Vaccination in the Punjab 1905-1918 - 1905-1918
Year: 1905
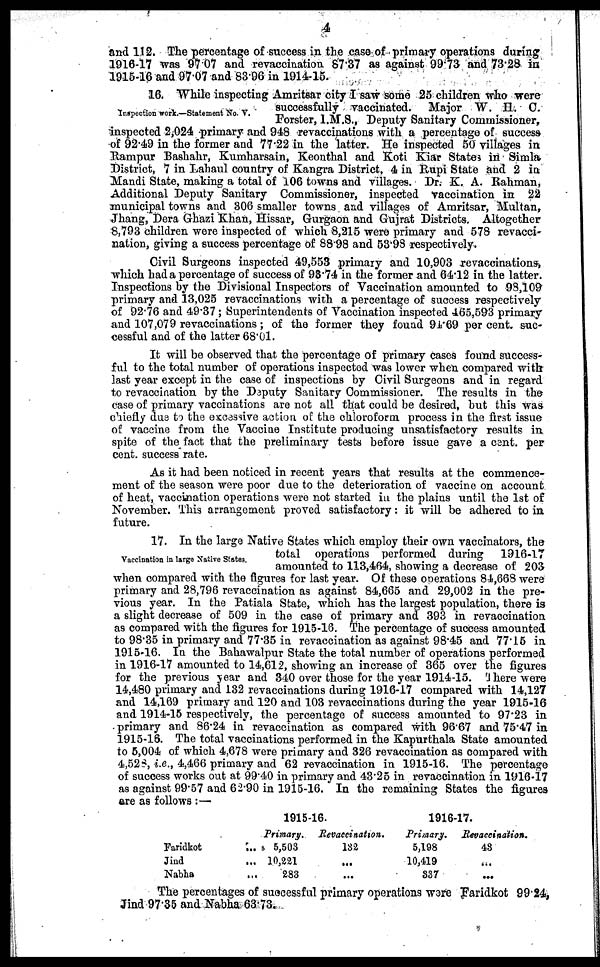
4
and 112. The percentage of success in the case of primary operations during
1916-17 was 97.07 and revaccination 87.37 as against 99.73 and 73.28 in
1915-16 and 97.07 and 83.96 in 1914-15.
Inspection work.—Statement No. V.
16. While inspecting Amritsar city I saw some 25 children who were
successfully vaccinated. Major W. H. C.
Forster, I.M.S., Deputy Sanitary Commissioner,
inspected 2,024 primary and 948 revaccinations with a percentage of success
of 92.49 in the former and 77.22 in the latter. He inspected 50 villages in
Rampur Bashahr, Kumharsain, Keonthal and Koti Kiar States in Simla
District, 7 in Lahaul country of Kangra District, 4 in Rupi State and 2 in
Mandi State, making a total of 106 towns and villages. Dr. K. A. Rahman,
Additional Deputy Sanitary Commissioner, inspected vaccination in 22
municipal towns and 306 smaller towns and villages of Amritsar, Multan,
Jhang, Dera Ghazi Khan, Hissar, Gurgaon and Gujrat Districts. Altogether
8,793 children were inspected of which 8,215 were primary and 578 revacci¬
nation, giving a success percentage of 88.98 and 53.98 respectively.
Civil Surgeons inspected 49,553 primary and 10,903 revaccinations,
which had a percentage of success of 98.74 in the former and 64.12 in the latter.
Inspections by the Divisional Inspectors of Vaccination amounted to 98,109
primary and 13,025 revaccinations with a percentage of success respectively
of 92.76 and 49.37 ; Superintendents of Vaccination inspected 465,593 primary
and 107,079 revaccinations; of the former they found 94.69 per cent. suc-
cessful and of the latter 68.01.
It will be observed that the percentage of primary cases found success-
ful to the total number of operations inspected was lower when compared with
last year except in the case of inspections by Civil Surgeons and in regard
to revaccination by the Deputy Sanitary Commissioner. The results in the
case of primary vaccinations are not all that could be desired, but this was
chiefly due to the excessive action of the chloroform process in the first issue
of vaccine from the Vaccine Institute producing unsatisfactory results in
spite of the fact that the preliminary tests before issue gave a cent. per
cent. success rate.
As it had been noticed in recent years that results at the commence-
ment of the season were poor due to the deterioration of vaccine on account
of heat, vaccination operations were not started in the plains until the 1st of
November. This arrangement proved satisfactory: it will be adhered to in
future.
Vaccination in large Native States.
17. In the large Native States which employ their own vaccinators, the
total operations performed during
1916-17
amounted to 113,464, showing a decrease of 203
when compared with the figures for last year. Of these operations 84,668 were
primary and 28,796 revaccination as against 84,665 and 29,002 in the pre-
vious year. In the Patiala State, which has the largest population, there is
a slight decrease of 509 in the case of primary and 393 in revaccination
as compared with the figures for 1915-16. The percentage of success amounted
to 98.35 in primary and 77.35 in revaccination as against 98.45 and 77.15 in
1915-16. In the Bahawalpur State the total number of operations performed
in 1916-17 amounted to 14,612, showing an increase of 365 over the figures
for the previous year and 340 over those for the year 1914-15. There were
14,480 primary and 132 revaccinations during 1916-17 compared with 14,127
and 14,169 primary and 120 and 103 revaccinations during the year 1915-16
and 1914-15 respectively, the percentage of success amounted to 97.23 in
primary and 86.24 in revaccination as compared with 96.67 and 75.47 in
1915-16. The total vaccinations performed in the Kapurthala State amounted
to 5,004 of which 4,678 were primary and 326 revaccination as compared with
4,528, i.e., 4,466 primary and 62 revaccination in 1915-16. The percentage
of success works out at 99.40 in primary and 43.25 in revaccination in 1916-17
as against 99.57 and 62.90 in 1915-16. In the remaining States the figures
are as follows :—
Faridkot
...
Jind
...
Nabha
...
1915-16.
Primary.
5,503
10,221
283
Revaccination.
132
...
...
1916-17.
Primary.
5,198
10,419
337
Revaccination.
43
...
...
The percentages of successful primary operations were Faridkot 99.24,
Jind 97.35 and Nabha 63.73.